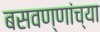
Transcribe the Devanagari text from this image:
बसवण्णांच्या